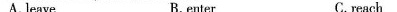
A.leave B. enter C.reach